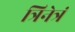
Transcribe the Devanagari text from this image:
त्रिनेत्रं